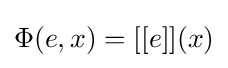
\Phi (e,x)=[[e]](x)